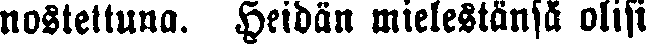
nosteltuna. Heidän mielestänsä olisi